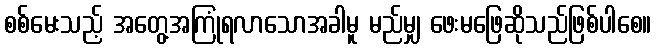
စစ်မေးသည့် အတွေ့အကြုံရလာသောအခါမူ မည်မျှ ဖေးမဖြေဆိုသည်ဖြစ်ပါစေ။